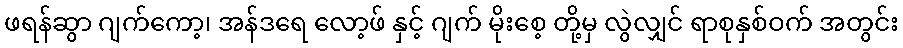
ဖရန်ဆွာ ဂျက်ကော့၊ အန်ဒရေ လော့ဖ် နှင့် ဂျက် မိုးစေ့ တို့မှ လွဲလျှင် ရာစုနှစ်ဝက် အတွင်း